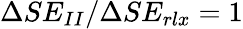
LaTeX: \Delta SE_{II}/\Delta SE_{rlx}=1